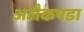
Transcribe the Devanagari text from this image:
अजैकपडा